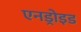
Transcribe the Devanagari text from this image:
एनड्रोइड